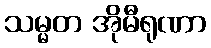
သမ္မတ အိုမီရုဏာ